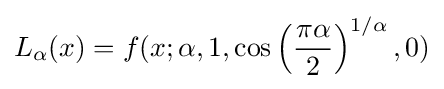
L_{\alpha }(x)=f(x;\alpha ,1,\cos \left({\frac {\pi \alpha }{2}}\right)^{1/\alpha },0)